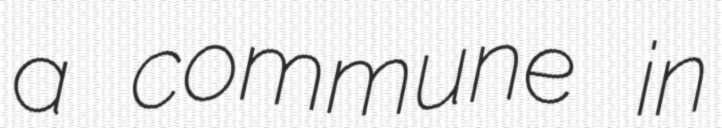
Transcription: a commune in